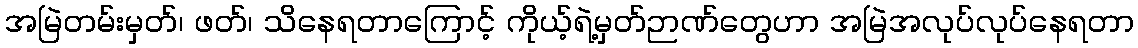
အမြဲတမ်းမှတ်၊ ဖတ်၊ သိနေရတာကြောင့် ကိုယ့်ရဲ့မှတ်ဉာဏ်တွေဟာ အမြဲအလုပ်လုပ်နေရတာ